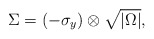
\begin{align*}\Sigma = \left(-\sigma_y\right) \otimes \sqrt{|\Omega|},\end{align*}